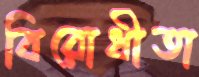
বিরোধীতা